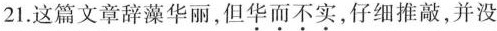
21.这篇文章辞藻华丽，但华而不实，仔细推敲，并没